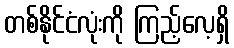
တစ်နိုင်ငံလုံးကို ကြည့်လေ့ရှိ